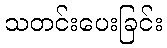
သတင်းပေးခြင်း